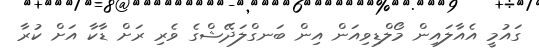
ގައުމީ އެއާލައިން މޯލްޑިވިއަން އިން ބަނގްލަދޭޝްގެ ވެރި ރަށް ޑާކާ އަށް ކުރާ